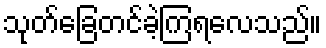
သုတ်ခြေတင်ခဲ့ကြရလေသည်။